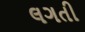
લગતી